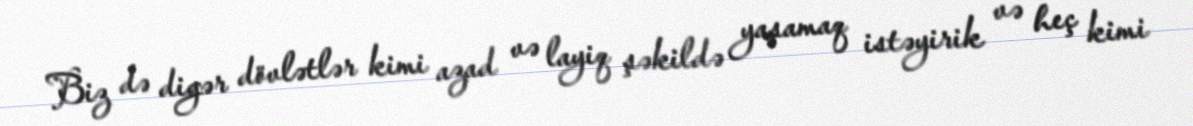
Biz də digər dövlətlər kimi azad və layiq şəkildə yaşamaq istəyirik və heç kimi